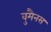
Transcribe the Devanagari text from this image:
वुमैनस